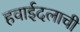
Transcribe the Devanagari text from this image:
हवाईदलाची